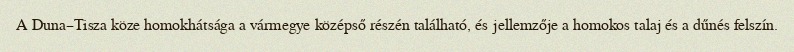
A Duna–Tisza köze homokhátsága a vármegye középső részén található, és jellemzője a homokos talaj és a dűnés felszín.